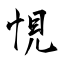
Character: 悓